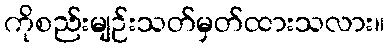
ကိုစည်းမျဉ်းသတ်မှတ်ထားသလား။